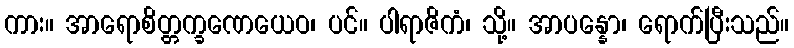
ကား။ အာရောစိတ္တက္ခဏေယေဝ၊ ပင်။ ပါရာဇိကံ၊ သို့။ အာပန္နော၊ ရောက်ပြီးသည်။